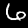
Digit: 6